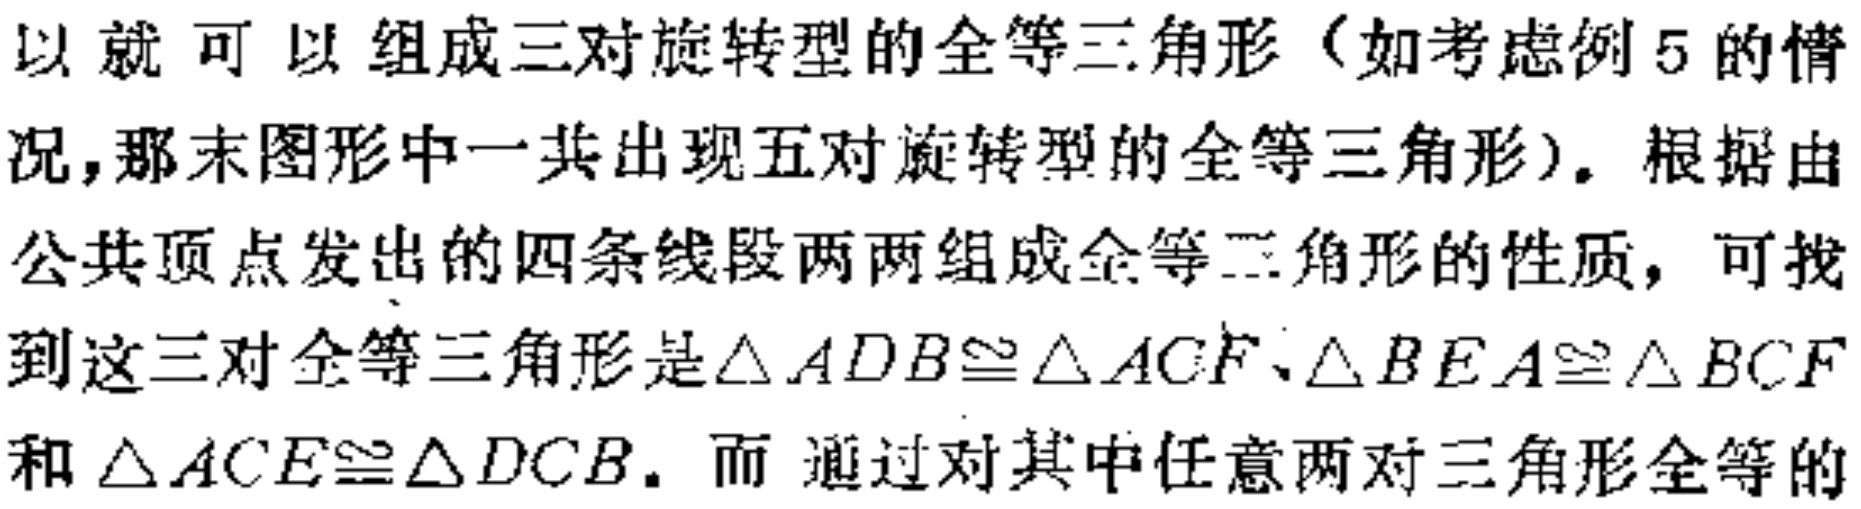
以就可以组成三对旋转型的全等三角形（如考虑例5的情况，那末图形中一共出现五对旋转型的全等三角形）. 根据由公共顶点发出的四条线段两两组成全等三角形的性质，可找到这三对全等三角形是$\triangle ADB\cong\triangle ACF$、$\triangle BEA\cong\triangle BCF$和$\triangle ACE\cong\triangle DCB$. 而通过对其中任意两对三角形全等的